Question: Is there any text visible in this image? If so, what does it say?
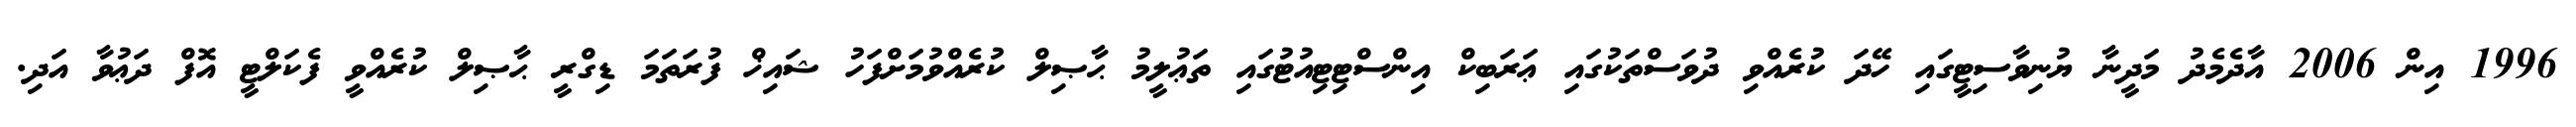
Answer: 1996 އިން 2006 އާދެމެދު މަދީނާ ޔުނިވާސިޓީގައި ހޭދަ ކުރެއްވި ދުވަސްތަކުގައި ޢަރަބިކް އިންސްޓިޓިއުޓުގައި ތަޢުލީމު ޙާޞިލް ކުރެއްވުމަށްފަހު ޝައިޚް ފުރަތަމަ ޑިގްރީ ޙާޞިލް ކުރެއްވީ ފެކަލްޓީ އޮފް ދަޢުވާ އަދި.